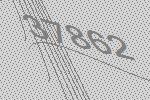
37862